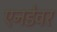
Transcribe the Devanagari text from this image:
एनडेवर